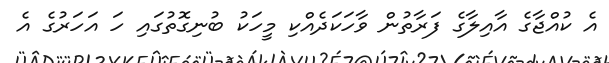
އެ ކުއްޖާގެ އާއިލާގެ ފަރާތުން ވާހަކަދެއްކި މީހަކު ބުނިގޮތުގައި ހަ އަހަރުގެ އެ